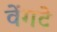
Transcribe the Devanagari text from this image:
वेंगटे